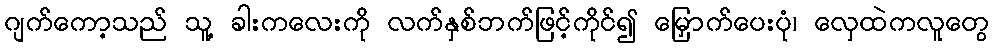
ဂျက်ကော့သည် သူ့ ခါးကလေးကို လက်နှစ်ဘက်ဖြင့်ကိုင်၍ မြှောက်ပေးပုံ၊ လှေထဲကလူတွေ